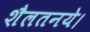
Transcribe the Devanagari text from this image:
शैलतनये।